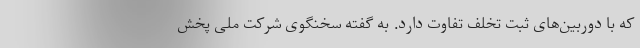
که با دوربین‌های ثبت تخلف تفاوت دارد. به گفته سخنگوی شرکت ملی پخش